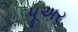
પૂઅર